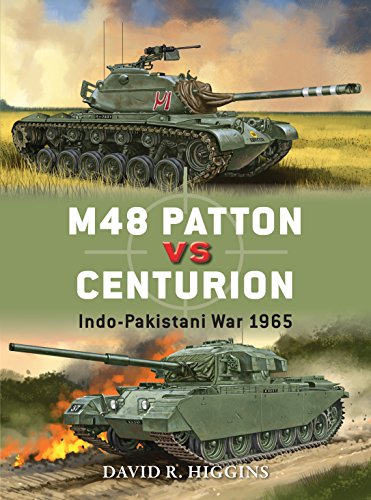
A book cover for M48 Patton vs Centurion: Indo-Pakistani War 1965 (Duel); David Higgins; History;